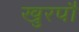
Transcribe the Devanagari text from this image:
खुरपौ